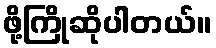
ဖို့ကြိုဆိုပါတယ်။